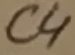
Text: C4